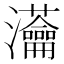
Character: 𤅢